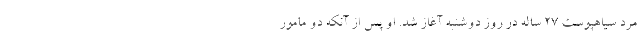
مرد سیاهپوست ۲۷ ساله در روز دوشنبه آغاز شد. او پس از آنکه دو مامور